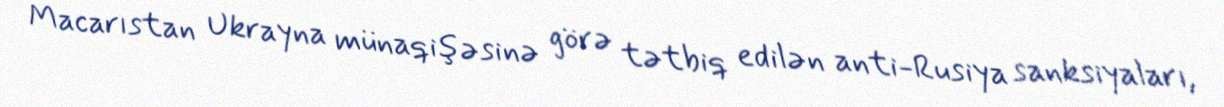
Macarıstan Ukrayna münaqişəsinə görə tətbiq edilən anti-Rusiya sanksiyaları,